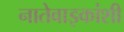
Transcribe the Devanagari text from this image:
नातेवाइकांशी